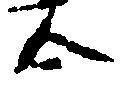
合